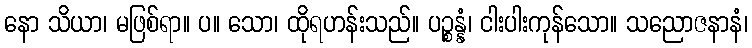
နော သိယာ၊ မဖြစ်ရာ။ ပ။ သော၊ ထိုရဟန်းသည်။ ပဉ္စန္နံ၊ ငါးပါးကုန်သော။ သညောဇနာနံ၊